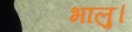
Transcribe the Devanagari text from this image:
भालु।